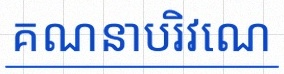
គណនាបរិវេណ